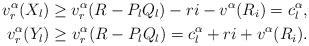
LaTeX: \begin{align*}v_r^{\alpha}(X_l)\ge v_r^{\alpha}(R-P_lQ_l)-ri-v^{\alpha}(R_i)=c_l^{\alpha},\\v_r^{\alpha}(Y_l)\ge v_r^{\alpha}(R-P_lQ_l)=c_l^{\alpha}+ri+v^{\alpha}(R_i).\end{align*}